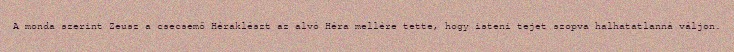
A monda szerint Zeusz a csecsemő Héraklészt az alvó Héra mellére tette, hogy isteni tejet szopva halhatatlanná váljon.